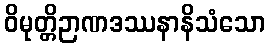
ဝိမုတ္တိဉာဏဒဿနာနိသံသော